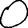
Digit: 0